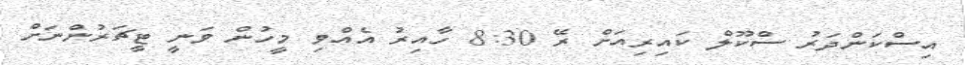
އިސްކަންދަރު ސްކޫލް ކައިރިއަށް ރޭ 8:30 ހާއިރު އެއްވި މީހުން ވަނީ ޓީޗަރުންނަށް